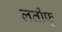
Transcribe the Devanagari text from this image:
लतीफ्